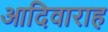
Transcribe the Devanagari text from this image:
आदिवाराह